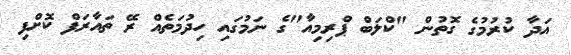
އަދާ ކުރުމުގެ ގޮތުން "ކްލަބް ޕްރިމިއާ"ގެ ނަމުގައި ހިދުމަތެއް ރޭ ތައާރަފް ކޮށްފި